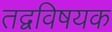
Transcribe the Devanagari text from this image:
तद्वविषयक